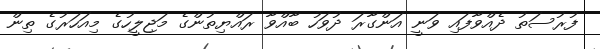
ފުރުސަތު ދެއްވާފައި ވަނީ އަންގާރަ ދުވަހު ބާއްވާ ރައްޔިތުންގެ މަޖިލީހުގެ މިއަހަރުގެ ތިން